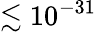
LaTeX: \lesssim 10^{-31}